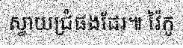
ស្វាយជ្រំផងដែរ៕ វ៉ៃកូ